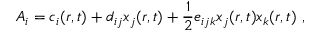
A _ { i } = c _ { i } ( r , t ) + d _ { i j } x _ { j } ( r , t ) + \frac { 1 } { 2 } e _ { i j k } x _ { j } ( r , t ) x _ { k } ( r , t ) ~ ,